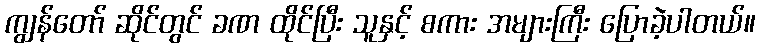
ကျွန်တော် ဆိုင်တွင် ခဏ ထိုင်ပြီး သူနှင့် စကား အများကြီး ပြောခဲ့ပါတယ်။